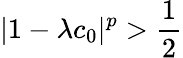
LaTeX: |1-\lambda c_{0}|^{p}>\frac{1}{2}